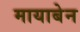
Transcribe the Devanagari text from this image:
मायाबेन